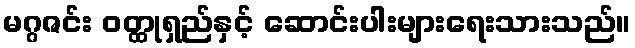
မဂ္ဂဇင်း ဝတ္ထုရှည်နှင့် ဆောင်းပါးများရေးသားသည်။